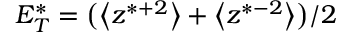
E _ { T } ^ { * } = \big ( \big < z ^ { * + 2 } \big > + \big < z ^ { * - 2 } \big > \big ) / 2